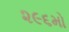
૨૯૬મો